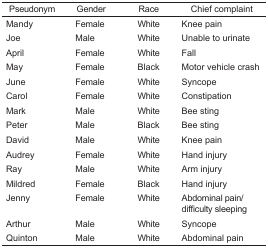
| Pseudonym | Gender | Race | Chief complaint |
 | --- | --- | --- | --- |
 | Mandy | Female | White | Knee pain |
 | Joe | Male | White | Unable to urinate |
 | April | Female | White | Fall |
 | May | Female | Black | Motor vehicle crash |
 | June | Female | White | Syncope |
 | Carol | Female | White | Constipation |
 | Mark | Male | White | Bee sting |
 | Peter | Male | Black | Bee sting |
 | David | Male | White | Knee pain |
 | Audrey | Female | White | Hand injury |
 | Ray | Male | White | Arm injury |
 | Mildred | Female | Black | Hand injury |
 | Jenny | Female | White | Abdominal pain/difficulty sleeping |
 | Arthur | Male | White | Syncope |
 | Quinton | Male | White | Abdominal pain |